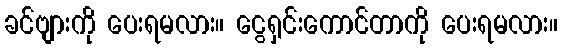
ခင်ဗျားကို ပေးရမလား။ ငွေရှင်းကောင်တာကို ပေးရမလား။